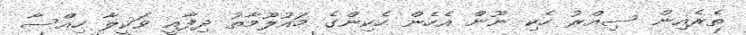
ތެރެއިން ސިއްރު ހެކި ނޫން އެހެން ހެކިންގެ މައުލޫމާތު ދިފާއީ ވަކީލާ ހިއްސާ